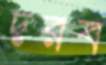
দরব